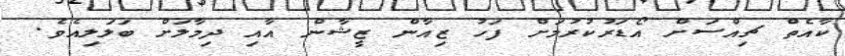
ކާއެތް ޗިއްސަށް އޯޑަރުކުރުމަށް ފަހު ޒިއާން ޒީޝާން އާއި ދިމާލަށް ބަލަލިއެވެ.